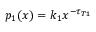
p _ { 1 } ( x ) = k _ { 1 } x ^ { - \tau _ { T 1 } }